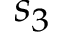
s _ { 3 }